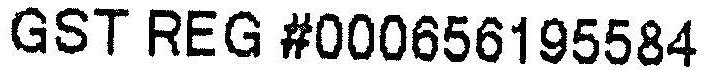
GST REG #000656195584